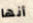
أنها